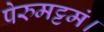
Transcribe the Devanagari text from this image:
पेरुमट्टमं।